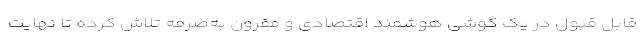
قابل قبول در یک گوشی هوشمند اقتصادی و مقرون به‌صرفه تلاش کرده تا نهایت